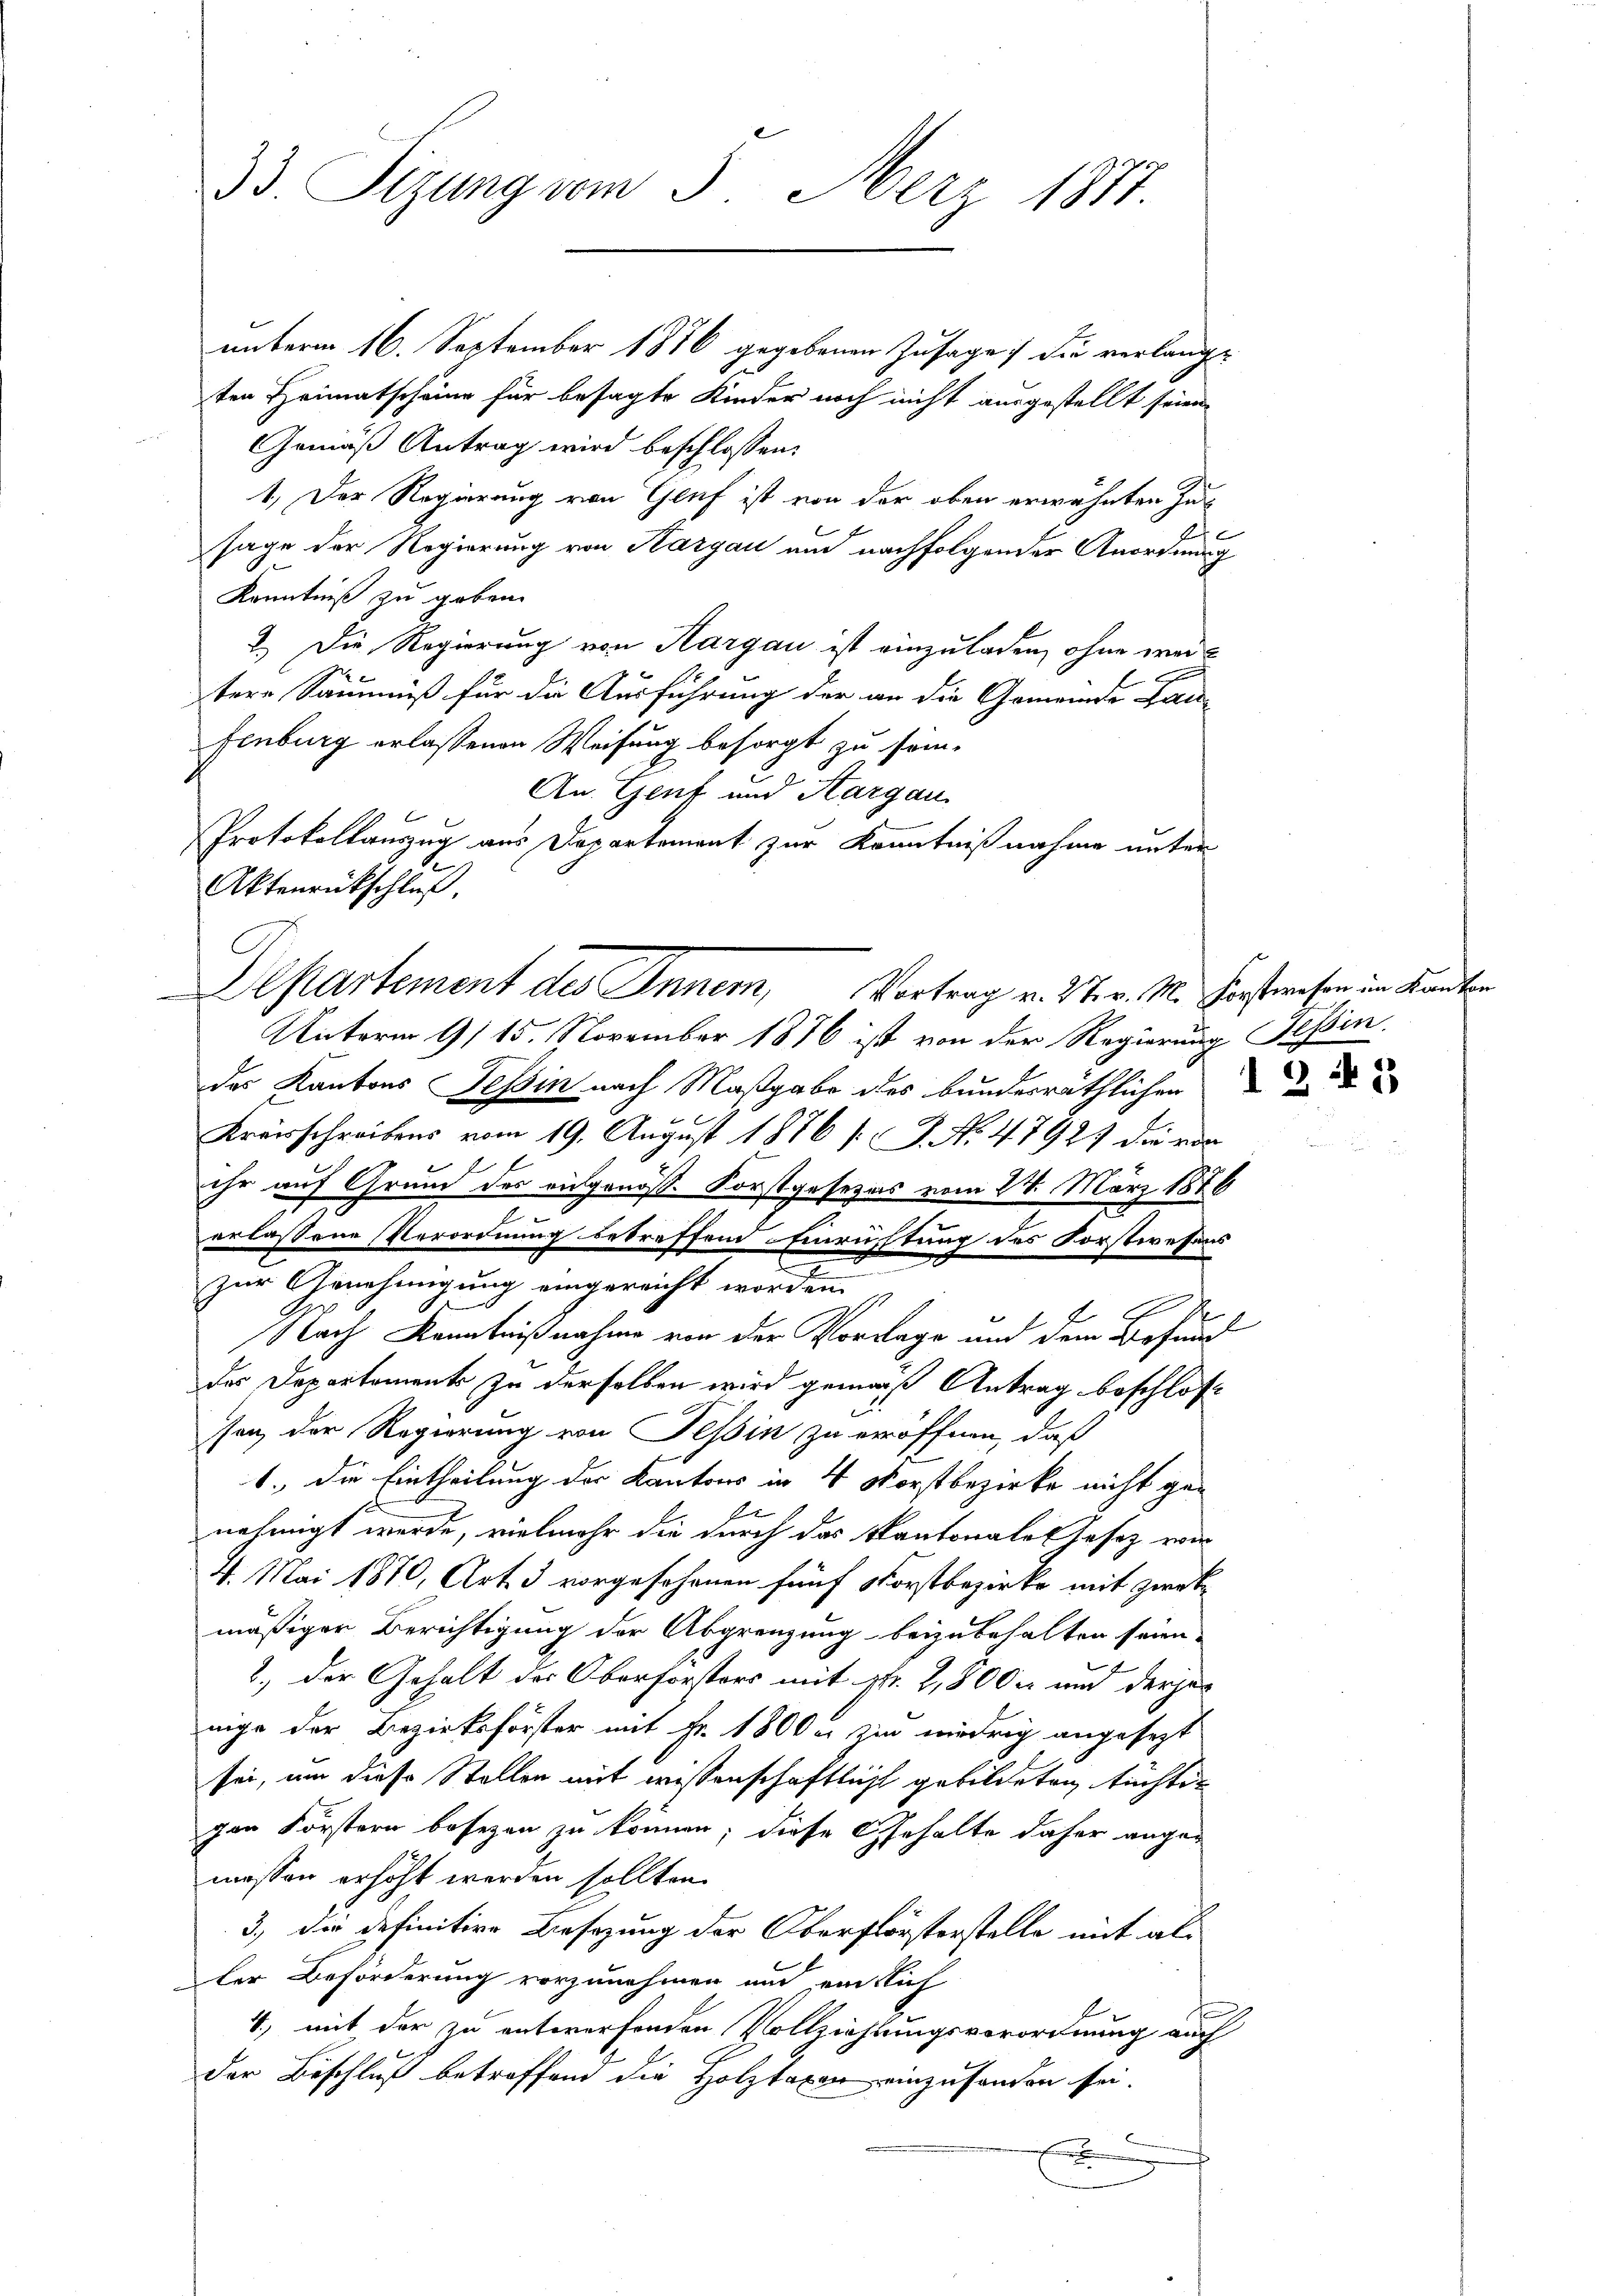
33. Sizung vom 3. Merz 1877.

unterm 16. September 1876 gegebenen Zusage, die verlang-
ten Heimatscheine für besagte Kinder noch nicht ausgestellt seien
Gemäß Antrag wird beschlossen:
1. Der Regierung von Genf ist von der oben erwähnten Jusage der Regierung von Kargau aud nachfolgender Anordnung
Kenntniß zu geben.
2.) Die Regierung von Aargau ist einzuladen, ohne weil
x
tere Säumniß für die Ausführung der an die Gemeinde Lau-
fenburg erlassenen Weisung besorgt zu sein.
An Genf und Aargau
Protokollauszug aus Departement zur Kenntnißnahme unter
Unterm 9/15. November 1876 ist von der Regierung Tessin.
des Kantons Tessin nach Maßgabe des bundesräthlichen
Kreisschreibens vom 19. August 1876 s. No 47927 die von
x
ihr auf Grund des ausgenöss. Forstgesezes vom 24. März 1876
x
erlassene Verordnung betreffend Einrichtung des Forstwesens
zur Genehmigung eingereicht worden,
i
Nach Kenntnißnahme von der Vorrage und dem Befund
des Departements zu derselben wird gemäß Antrag beschlos
sen, der Regierung von Tessin zu eröffnen, daß
1., die Eintheilung der Kantons in 4 Vorstbezirke nicht genehmigt werde, vielmehr die durch das Kantonale Tasez von
4. Mai 1870, Art. 3 vorgesehenen fünf Forstbezirke mit zweimäßiger Berichtigung der Abgrenzung beizubehalten seien.
2.) Der Gehalt des Oberforsters mit fr. 2,800 und derjenige der Bezirksförster mit Fr. 1800. zu niedrig angesezt
sei, um diese Stellen mit wissenschaftlicht gebildeten tüchtig
gen Förstern besezen zu können; diese Gehalte daher angemessen erhöht werden sollten.
3.) Die definitive Besizung der Oberförsterstelle mit als
ler Beförderung vorzunehmen und eintlich
4, mit der zu entworfenden Vollziehtungsverordnung auch
der Beschluß betreffend die Holztaxen einzusenden sei.

Aktenrückschluß.

Departement des Inner, Vortrag v. 27. v. M. Forstwesen im Kanton

u

E

341